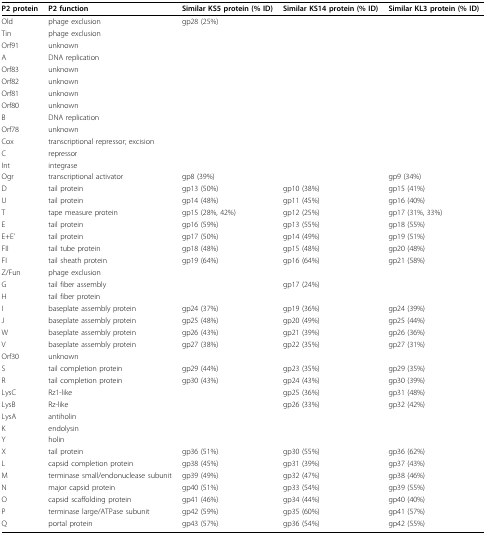
<table><thead><tr><td><b>P2 protein</b></td><td><b>P2 function</b></td><td><b>Similar KS5 protein (% ID)</b></td><td><b>Similar KS14 protein (% ID)</b></td><td><b>Similar KL3 protein (% ID)</b></td></tr></thead><tbody><tr><td>Old</td><td>phage exclusion</td><td>gp28 (25%)</td><td></td><td></td></tr><tr><td>Tin</td><td>phage exclusion</td><td></td><td></td><td></td></tr><tr><td>Orf91</td><td>unknown</td><td></td><td></td><td></td></tr><tr><td>A</td><td>DNA replication</td><td></td><td></td><td></td></tr><tr><td>Orf83</td><td>unknown</td><td></td><td></td><td></td></tr><tr><td>Orf82</td><td>unknown</td><td></td><td></td><td></td></tr><tr><td>Orf81</td><td>unknown</td><td></td><td></td><td></td></tr><tr><td>Orf80</td><td>unknown</td><td></td><td></td><td></td></tr><tr><td>B</td><td>DNA replication</td><td></td><td></td><td></td></tr><tr><td>Orf78</td><td>unknown</td><td></td><td></td><td></td></tr><tr><td>Cox</td><td>transcriptional repressor; excision</td><td></td><td></td><td></td></tr><tr><td>C</td><td>repressor</td><td></td><td></td><td></td></tr><tr><td>Int</td><td>integrase</td><td></td><td></td><td></td></tr><tr><td>Ogr</td><td>transcriptional activator</td><td>gp8 (39%)</td><td></td><td>gp9 (34%)</td></tr><tr><td>D</td><td>tail protein</td><td>gp13 (50%)</td><td>gp10 (38%)</td><td>gp15 (41%)</td></tr><tr><td>U</td><td>tail protein</td><td>gp14 (48%)</td><td>gp11 (45%)</td><td>gp16 (40%)</td></tr><tr><td>T</td><td>tape measure protein</td><td>gp15 (28%, 42%)</td><td>gp12 (25%)</td><td>gp17 (31%, 33%)</td></tr><tr><td>E</td><td>tail protein</td><td>gp16 (59%)</td><td>gp13 (55%)</td><td>gp18 (55%)</td></tr><tr><td>E+E&#x27;</td><td>tail protein</td><td>gp17 (50%)</td><td>gp14 (49%)</td><td>gp19 (51%)</td></tr><tr><td>FII</td><td>tail tube protein</td><td>gp18 (48%)</td><td>gp15 (48%)</td><td>gp20 (48%)</td></tr><tr><td>FI</td><td>tail sheath protein</td><td>gp19 (64%)</td><td>gp16 (64%)</td><td>gp21 (58%)</td></tr><tr><td>Z/Fun</td><td>phage exclusion</td><td></td><td></td><td></td></tr><tr><td>G</td><td>tail fiber assembly</td><td></td><td>gp17 (24%)</td><td></td></tr><tr><td>H</td><td>tail fiber protein</td><td></td><td></td><td></td></tr><tr><td>I</td><td>baseplate assembly protein</td><td>gp24 (37%)</td><td>gp19 (36%)</td><td>gp24 (39%)</td></tr><tr><td>J</td><td>baseplate assembly protein</td><td>gp25 (48%)</td><td>gp20 (49%)</td><td>gp25 (44%)</td></tr><tr><td>W</td><td>baseplate assembly protein</td><td>gp26 (43%)</td><td>gp21 (39%)</td><td>gp26 (36%)</td></tr><tr><td>V</td><td>baseplate assembly protein</td><td>gp27 (38%)</td><td>gp22 (35%)</td><td>gp27 (31%)</td></tr><tr><td>Orf30</td><td>unknown</td><td></td><td></td><td></td></tr><tr><td>S</td><td>tail completion protein</td><td>gp29 (44%)</td><td>gp23 (35%)</td><td>gp29 (35%)</td></tr><tr><td>R</td><td>tail completion protein</td><td>gp30 (43%)</td><td>gp24 (43%)</td><td>gp30 (39%)</td></tr><tr><td>LysC</td><td>Rz1-like</td><td></td><td>gp25 (36%)</td><td>gp31 (48%)</td></tr><tr><td>LysB</td><td>Rz-like</td><td></td><td>gp26 (33%)</td><td>gp32 (42%)</td></tr><tr><td>LysA</td><td>antiholin</td><td></td><td></td><td></td></tr><tr><td>K</td><td>endolysin</td><td></td><td></td><td></td></tr><tr><td>Y</td><td>holin</td><td></td><td></td><td></td></tr><tr><td>X</td><td>tail protein</td><td>gp36 (51%)</td><td>gp30 (55%)</td><td>gp36 (62%)</td></tr><tr><td>L</td><td>capsid completion protein</td><td>gp38 (45%)</td><td>gp31 (39%)</td><td>gp37 (43%)</td></tr><tr><td>M</td><td>terminase small/endonuclease subunit</td><td>gp39 (49%)</td><td>gp32 (47%)</td><td>gp38 (46%)</td></tr><tr><td>N</td><td>major capsid protein</td><td>gp40 (51%)</td><td>gp33 (54%)</td><td>gp39 (55%)</td></tr><tr><td>O</td><td>capsid scaffolding protein</td><td>gp41 (46%)</td><td>gp34 (44%)</td><td>gp40 (40%)</td></tr><tr><td>P</td><td>terminase large/ATPase subunit</td><td>gp42 (59%)</td><td>gp35 (60%)</td><td>gp41 (57%)</td></tr><tr><td>Q</td><td>portal protein</td><td>gp43 (57%)</td><td>gp36 (54%)</td><td>gp42 (55%)</td></tr></tbody></table>